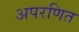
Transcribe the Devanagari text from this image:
अपरणित